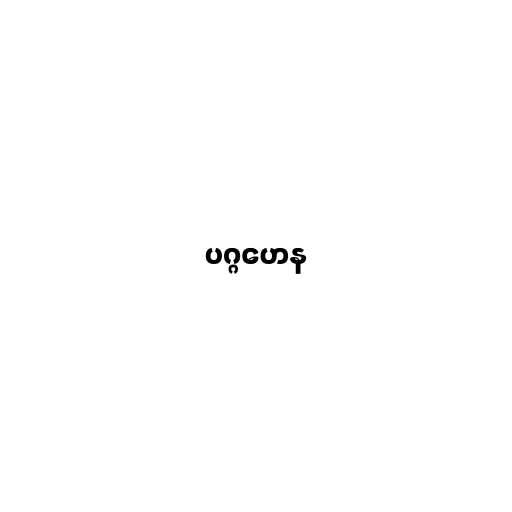
ပဂ္ဂဟေန